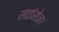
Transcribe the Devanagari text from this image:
साइंसेज।